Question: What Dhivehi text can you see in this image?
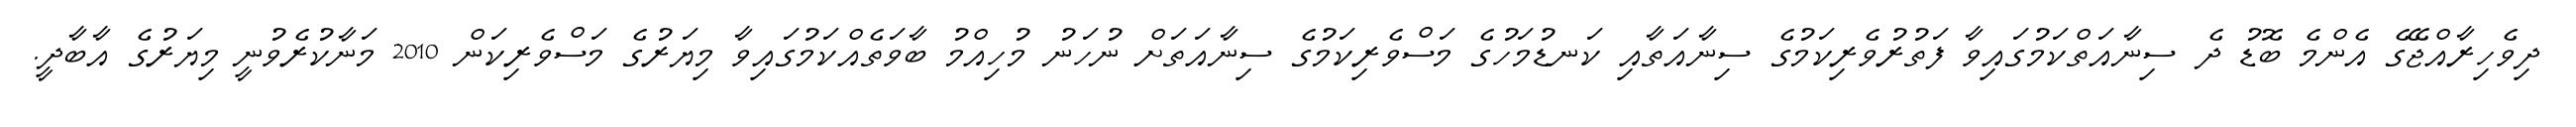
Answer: ދިވެހިރާއްޖޭގެ އެންމެ ބޮޑު ދެ ސިނާއަތްކަމުގައިވާ ފަތުރުވެރިކަމުގެ ސިނާއަތާއި ކަނޑުމަހުގެ މަސްވެރިކަމުގެ ސިނާއަތަށް ނުހަނު މުހިއްމު ބާވަތެއްކަމުގައިވާ މިޔަރުގެ މަސްވެރިކަން 2010 މަނާކުރެވުނީ މިޔަރުގެ އާބާދީ.